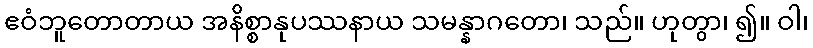
ဧဝံဘူတောတာယ အနိစ္စာနုပဿနာယ သမန္နာဂတော၊ သည်။ ဟုတွာ၊ ၍။ ဝါ၊